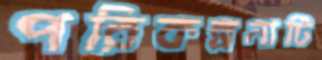
পরিকল্পনাটি